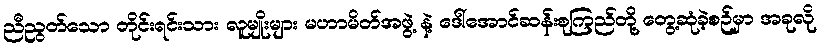
ညီညွတ်သော တိုင်းရင်းသား လူမျိုးများ မဟာမိတ်အဖွဲ့ နဲ့ ဒေါ်အောင်ဆန်းစုကြည်တို့ တွေ့ဆုံခဲ့စဉ်မှာ အခုလို